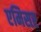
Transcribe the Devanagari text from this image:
एमिसर